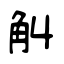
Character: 觓